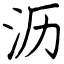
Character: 沥